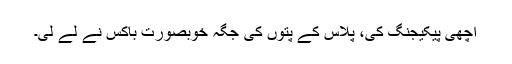
اچھی پیکیجنگ کی، پلاس کے پتوں کی جگہ خوبصورت باکس نے لے لی۔